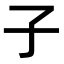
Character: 子